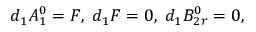
d _ { 1 } A _ { 1 } ^ { 0 } = F , \; d _ { 1 } F = 0 , \; d _ { 1 } B _ { 2 r } ^ { 0 } = 0 ,